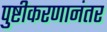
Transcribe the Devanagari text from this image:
पुष्टीकरणानंतर